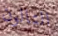
التالون